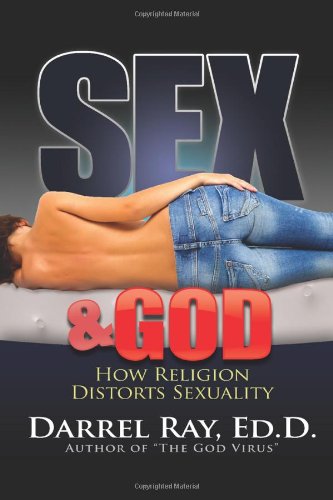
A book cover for Sex & God: How Religion Distorts Sexuality; Darrel Ray  ED.D.; Medical Books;